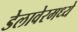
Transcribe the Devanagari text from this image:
डेलावेरमध्ये